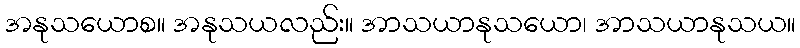
အနုသယောစ။ အနုသယလည်း။ အာသယာနုသယော၊ အာသယာနုသယ။